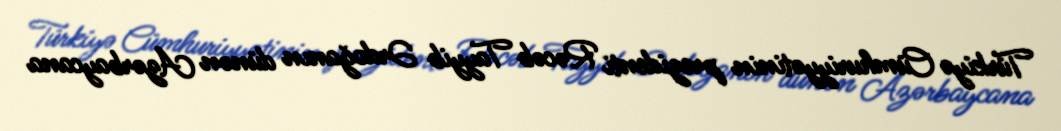
Türkiyə Cümhuriyyətinin prezidenti Rəcəb Tayyib Ərdoğanın dünən Azərbaycana